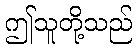
ဤသူတို့သည်